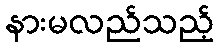
နားမလည်သည့်